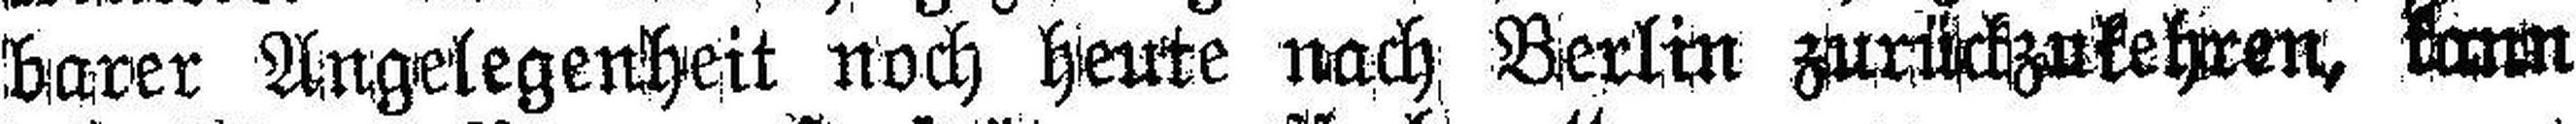
barer Angelegenheit noch heute nach Berlin zurückzukehren, kann